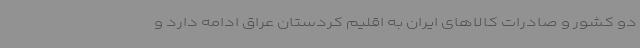
دو کشور و صادرات کالاهای ایران به اقلیم کردستان عراق ادامه دارد و